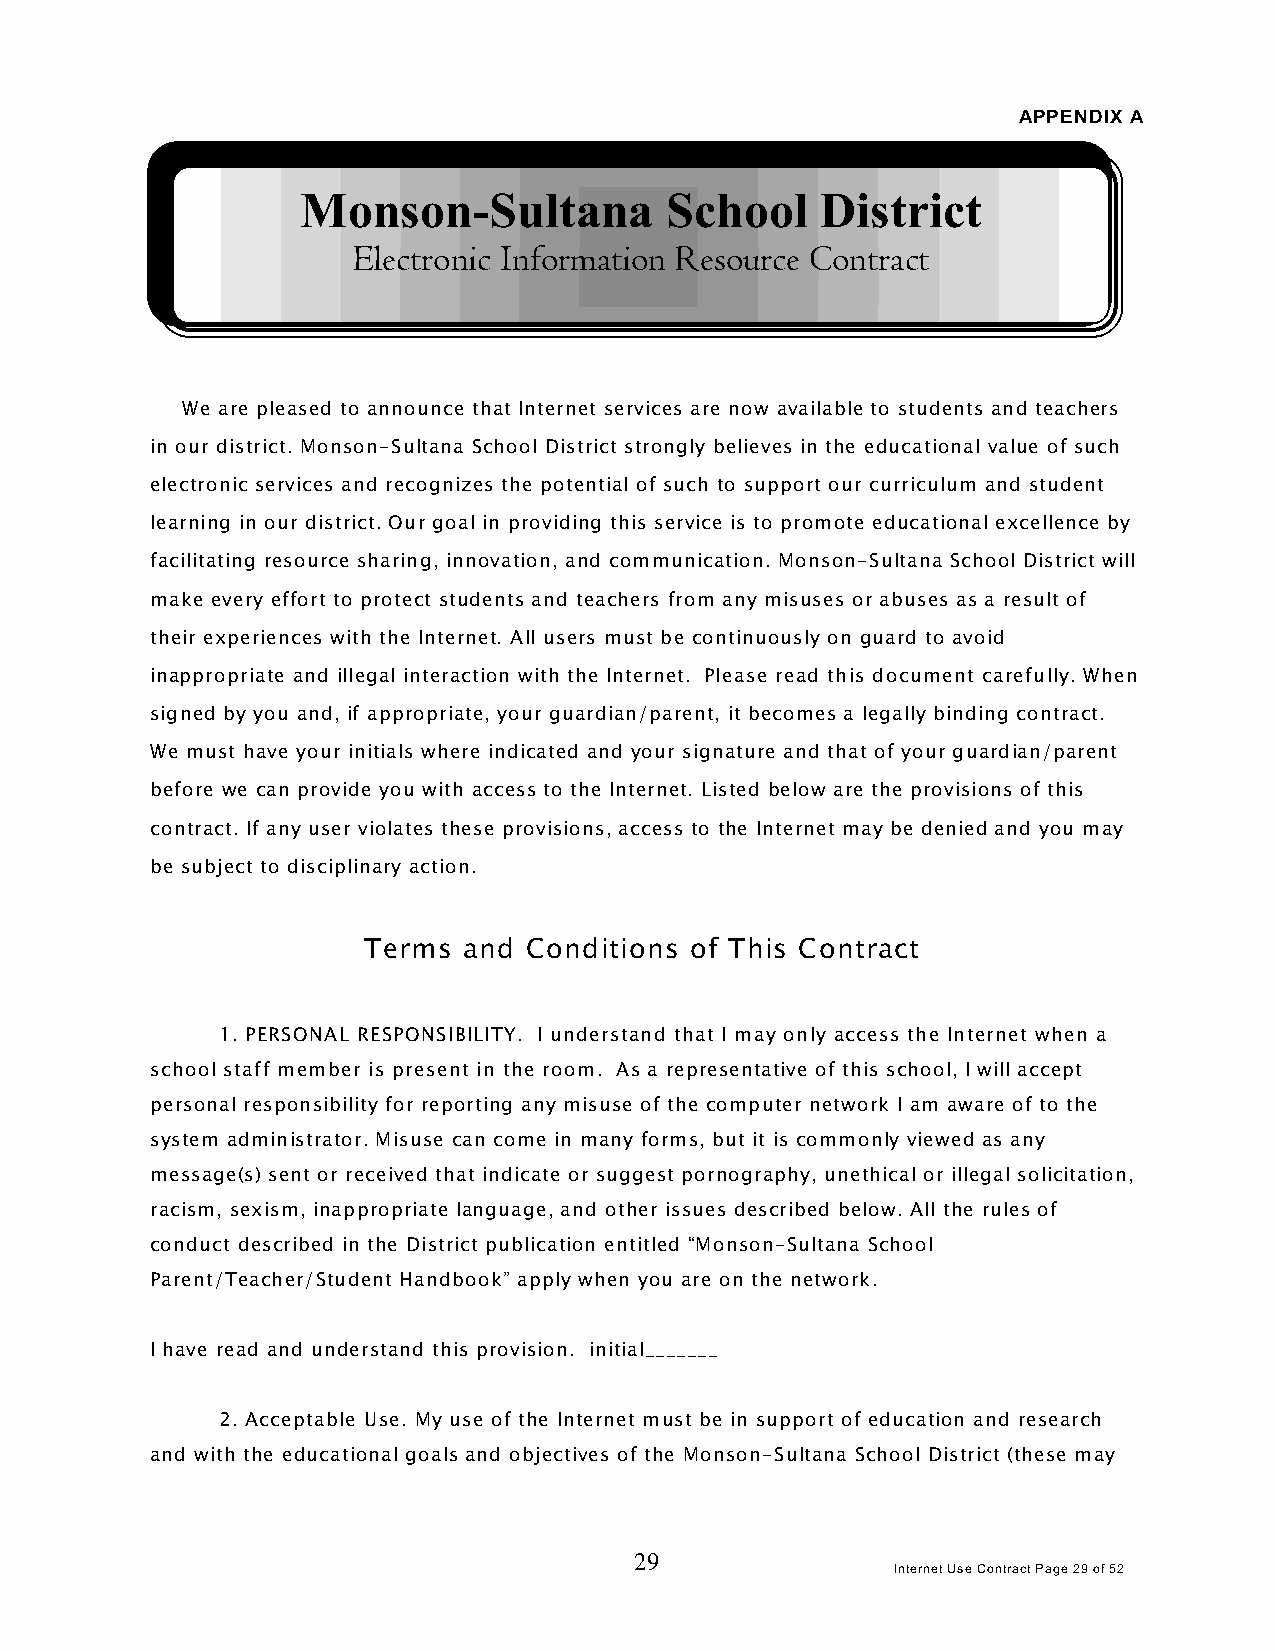
APPENDIX A
 Monson-Sultana          School    District
 Electronic Information Resource Contract
 We are pleased to announce that Internet services are now available to students and teachers
 in our district. Monson-Sultana School District strongly believes in the educational value of such
 electronic services and recognizes the potential of such to support our curriculum and student
 learning in our district. Our goal in providing this service is to promote educational excellence by
 facilitating resource sharing, innovation, and communication. Monson-Sultana School District will
 make every effort to protect students and teachers from any misuses or abuses as a result of
 their experiences with the Internet. All users must be continuously on guard to avoid
 inappropriate and illegal interaction with the Internet. Please read this document carefully. When
 signed by you and, if appropriate, your guardian/parent, it becomes a legally binding contract.
 We must have your initials where indicated and your signature and that of your guardian/parent
 before we can provide you with access to the Internet. Listed below are the provisions of this
 contract. If any user violates these provisions, access to the Internet may be denied and you may
 be subject to disciplinary action.
 Terms  and Conditions of This Contract
 1. PERSONAL RESPONSIBILITY. I understand that I may only access the Internet when a
 school staff member is present in the room. As a representative of this school, I will accept
 personal responsibility for reporting any misuse of the computer network I am aware of to the
 system administrator. Misuse can come in many forms, but it is commonly viewed as any
 message(s) sent or received that indicate or suggest pornography, unethical or illegal solicitation,
 racism, sexism, inappropriate language, and other issues described below. All the rules of
 conduct described in the District publication entitled “Monson-Sultana School
 Parent/Teacher/Student Handbook” apply when you are on the network.
 I have read and understand this provision. initial_______
 2. Acceptable Use. My use of the Internet must be in support of education and research
 and with the educational goals and objectives of the Monson-Sultana School District (these may
 29
 Internet Use Contract Page 29 of 52